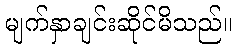
မျက်နှာချင်းဆိုင်မိသည်။